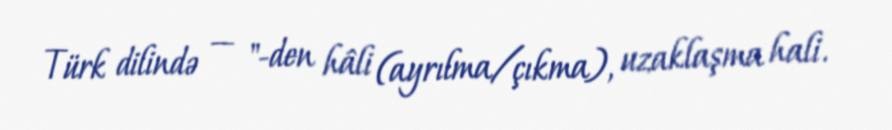
Türk dilində — "-den hâli (ayrılma/çıkma), uzaklaşma hali.